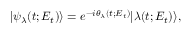
| \psi _ { \lambda } ( t ; E _ { t } ) \rangle = e ^ { - i \theta _ { \lambda } ( t ; E _ { t } ) } | \lambda ( t ; E _ { t } ) \rangle ,